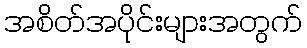
အစိတ်အပိုင်းများအတွက်